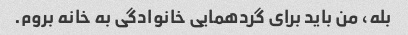
بله، من باید برای گردهمایی خانوادگی به خانه بروم.